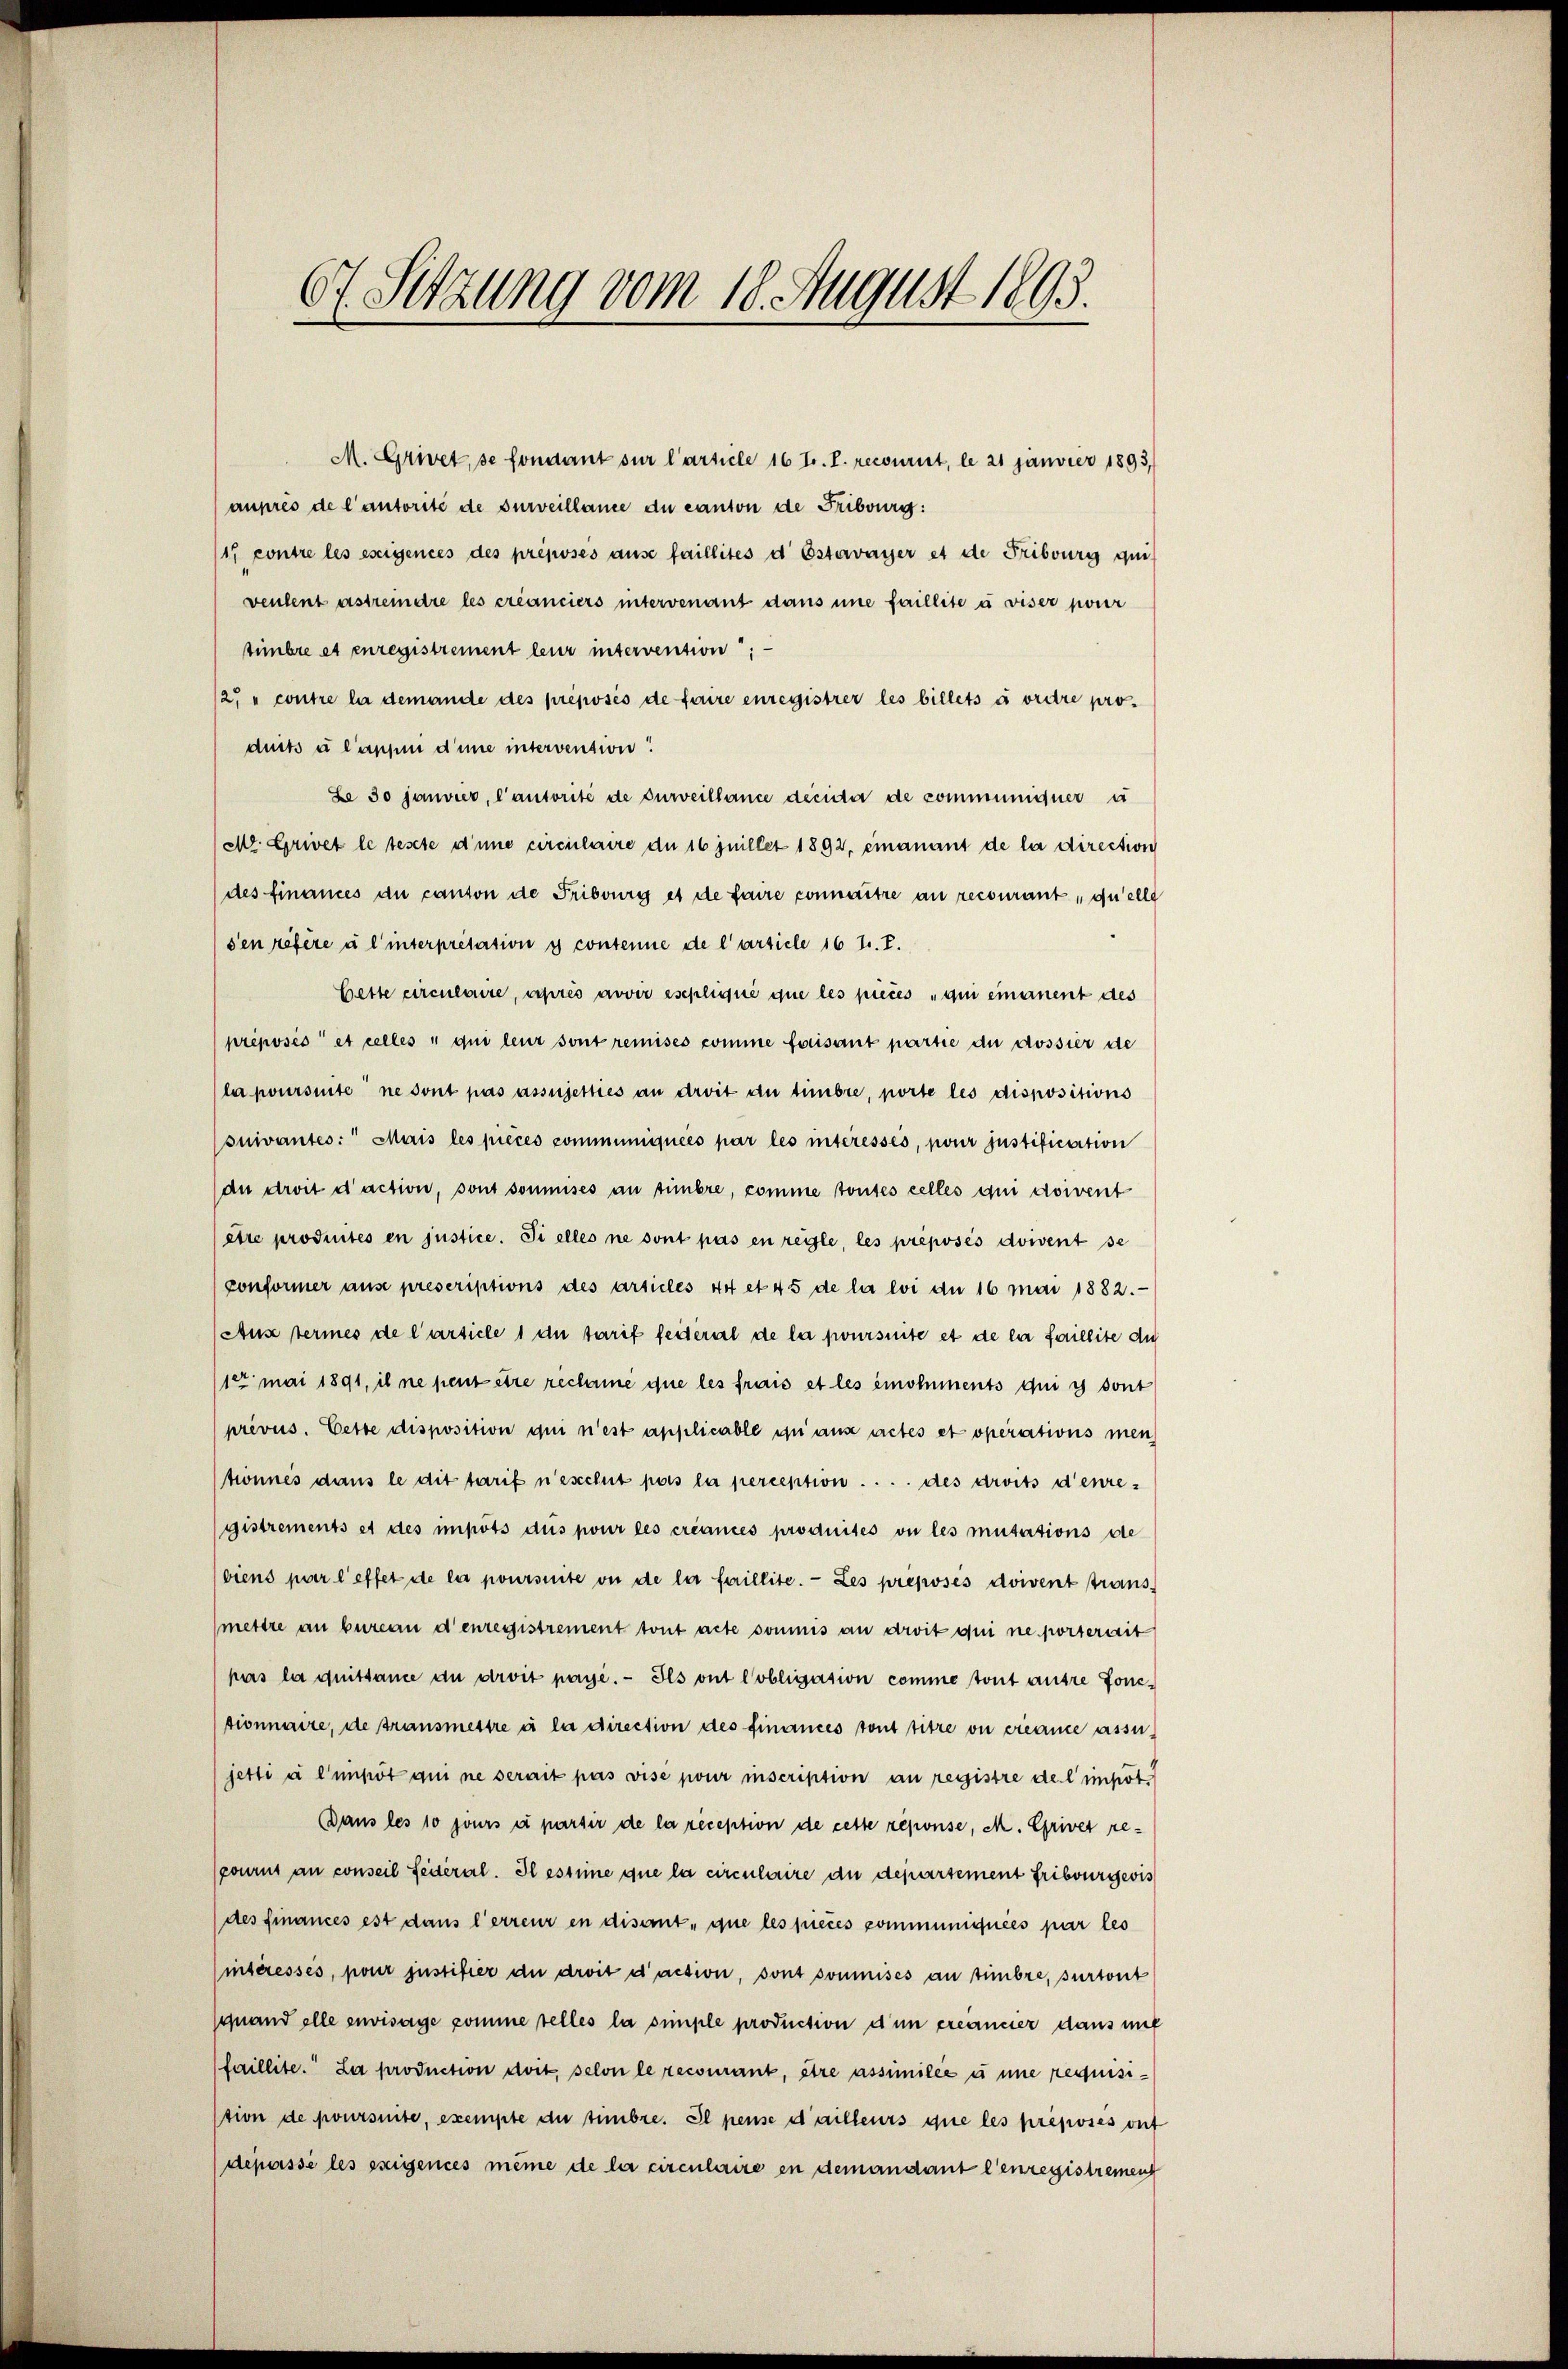
67. Sitzung vom 18. August 1893.

M. Grivet, se fondant sur l’article 16 tr. T. recourirt, le 21 Janvier 1893,
auhres de l’autorité de surveillance du canton de Fribourg:
17 contre les eseigences des préposés ause faillités d Estavayer et de Fribourg qui-
veulent astrem die les créanciers intervenant dans une faillite à viser pour
tümbre et enregistrement leur intervention
12. " contre la demande des préposés de faire enregistrer les billets à ordre pro-
duß u lasse d’une intervention!
Le 30 janvier, l’autorité de surveillance decida de communiquer u
Mt. Grivet le teste d’une circulaire de 16 jnillet 1892, einanant de la direction
des Finances du canton de Fribourg et de faire connaitre an recourant, quelle
den réfère à l’interpretation y contenne de l’article 16 t. T.
Cette circulaire, après avoir esepliqué que les pieces ain einament des
préposés et celles u qui leur sont remises comme faisant partie du dossier de
(la poursuite ne sont pas assujetties an droit du tünbre, porte les dispositions
ouivantes: Maris les pièces communiquées par les interessés, pour justification
(an droit d’action, sont soumises an sinere, comme toutes celles qui doivent
être produités en justice. Si elles ne sont pas en regle, les préposés doivent se
conformer ause prescriptions des articles 44 et 45 de la loi du 16 Mai 1882.
Aus termes de l’article 1 di tarif feiteral de la joursuite et de la faillite du
10 mai 1891, il ne peut être reclame que les frais et les emoluments qui es sont
prévus. Cette disposition qui n’est applicable zu aus actes et operations men
honnes dans le dit tarif n’esclut pas la perception .... des droits d’enregistrements et des unpots dus pour les créances produités ou les mutations de
biens par l’effet de la poursuite ou de la faillite. Les preposés doivent trans-
(mettre an bureau denregistrement tout acte soumis an droit qui ne porterrit
pas la quittance du droit payé. — Ils ont lobligation comme tout autre fonctionnaire, de transmestre à la direction des Finances tout titre ou créance assu
jetti à l’impôt qui ne serait pas vise pour inscription an registre de l’impot
Bans les 10 jours à parsir de la reception de cette reponse, M. Griver re-
scourt an conseil Seiteral. Il estime que la circulaire du departement Fribourgeris
(des finances est dans l’erreur en disant, que les pieces communiquées par les
interessés, pour justifier du droit d’action, sont soumises an timbre, surtont
quand elle envisage komme telles la simple production d’un créancier dans mit
haillite. La production dort, selon le recourant, être assimilée à une requisistion de poursuite, exempte du timbre. Il pense d’ailleurs que les préposés out
depassé les exigences même de la circulaire in demandant l’enregistremen